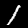
Digit: 1